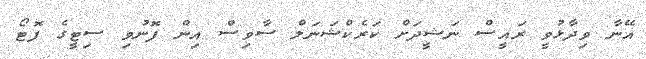
އޭނާ ވިދާޅުވީ ރައީސް ނަޝީދަށް ކަރެކްޝަނަލް ސާވިސް އިން ފޮނުވި ސިޓީގެ ފޮޓޯ